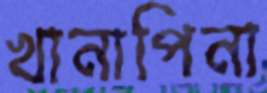
খানাপিনা